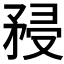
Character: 𥍯